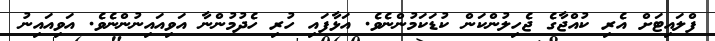
ފްލައިޓަށް އެރި ކުއްޖާގެ ޖެހިލުންކަން ކުޑަކަމުންނެވެ. އަޅާފައި ހުރި ހެދުމުންނާ އަވިއައިނުންނެވެ. އަވިއައިނު